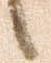
候